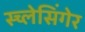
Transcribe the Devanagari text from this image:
स्च्लेसिंगेर